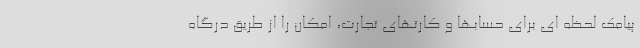
پیامک لحظه ای برای حسابها و کارتهای تجارت، امکان را از طریق درگاه